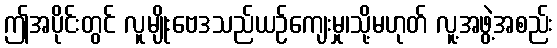
ဤအပိုင်းတွင် လူမျိုးဗေဒသည်ယဉ်ကျေးမှု၊သို့မဟုတ် လူ့အဖွဲ့အစည်း